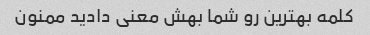
کلمه بهترین رو شما بهش معنی دادید ممنون